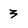
Character: 3